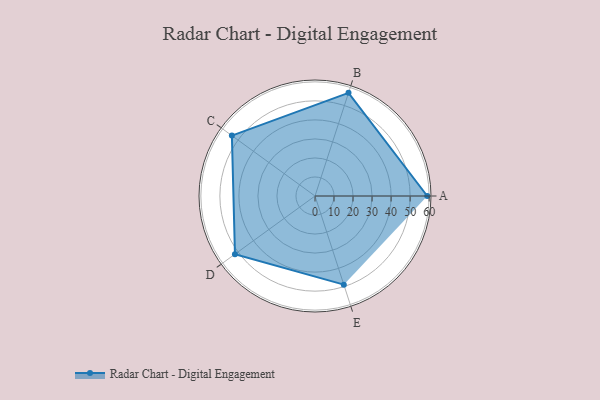
{"axis": {"x": "Skill", "y": "Score"}, "legend": ["Profile"], "data": [{"x": "A", "y": 59.0, "type": "Profile"}, {"x": "B", "y": 57.0, "type": "Profile"}, {"x": "C", "y": 54.0, "type": "Profile"}, {"x": "D", "y": 52.0, "type": "Profile"}, {"x": "E", "y": 49.0, "type": "Profile"}]}